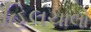
હિલચાલો